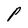
Character: P